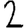
Digit: 2